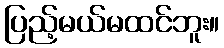
ပြည့်မယ်မထင်ဘူး။